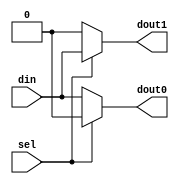
module one_to_two_demux(
input sel,
input din,
output dout0,dout1);
assign dout0 = (sel==1'b0)?din:1'b0;
assign dout1 = (sel==1'b1)?din:1'b0;
endmodule